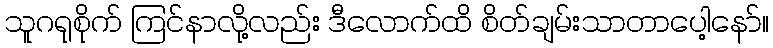
သူဂရုစိုက် ကြင်နာလို့လည်း ဒီလောက်ထိ စိတ်ချမ်းသာတာပေါ့နော်။